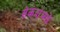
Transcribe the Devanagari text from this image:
सेकंदांमधे